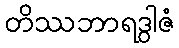
တိဿဘာရဒွါဇံ